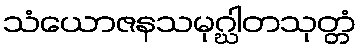
သံယောဇနသမုဂ္ဃါတသုတ္တံ